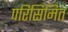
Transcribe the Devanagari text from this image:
परिसिमित